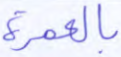
بالعمرة